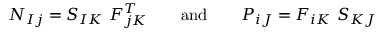
N _ { I j } = S _ { I K } ~ F _ { j K } ^ { T } \qquad { \mathrm { a n d } } \qquad P _ { i J } = F _ { i K } ~ S _ { K J }